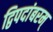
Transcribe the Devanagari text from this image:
द्विपदांबरम्